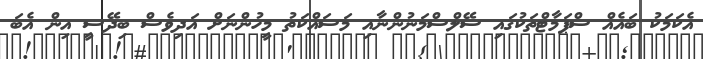
އެކަމަކު ބައެއް ސްޕަމާޓްތަކުގައި ސޭލްސްމަނުންނާއި މަސައްކަތު މީހުންނަށް އަދިވެސް ބިދޭސީ އިން އެބަ